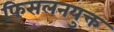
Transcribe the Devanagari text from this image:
फिसलनयुक्त